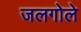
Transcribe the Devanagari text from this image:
जलगोले